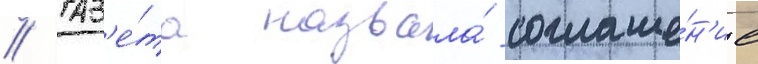
// Газ'е́та назвала́ соглаше́н'ие